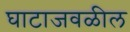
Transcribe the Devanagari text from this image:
घाटाजवळील